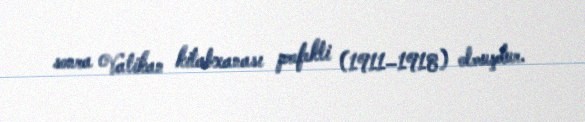
sonra Vatikan kitabxanası prefekti (1911–1918) olmuşdur.